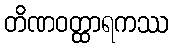
တိဏဝတ္ထာရကဿ